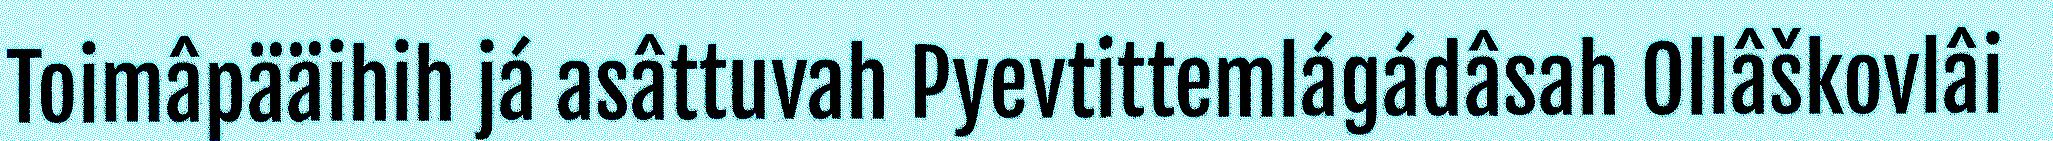
Toimâpääihih já asâttuvah Pyevtittemlágádâsah Ollâškovlâi